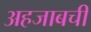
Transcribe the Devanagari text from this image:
अहजाबची